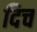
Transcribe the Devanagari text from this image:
दिच